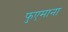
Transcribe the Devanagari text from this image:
फुएमाना